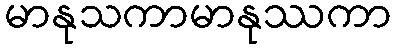
မာနုသကာမာနုဿကာ